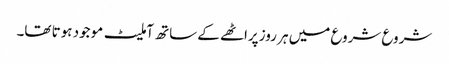
شروع شروع میں ہر روز پراٹھے کے ساتھ آملیٹ موجود ہوتا تھا۔